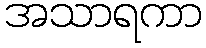
အသာရကာ